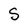
Character: S